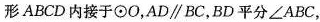
形ABCD内接于\odot O，$$AD//BC$$，BD平分\angle ABC，